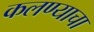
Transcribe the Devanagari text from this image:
कलण्याचा